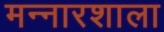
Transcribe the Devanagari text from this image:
मन्नारशाला